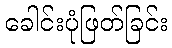
ခေါင်းပုံဖြတ်ခြင်း